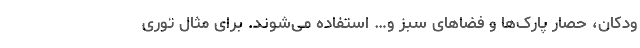
ودکان، حصار پارک‌ها و فضاهای سبز و… استفاده می‌شوند. برای مثال توری